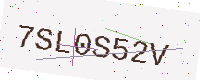
Text: 7SL0S52V